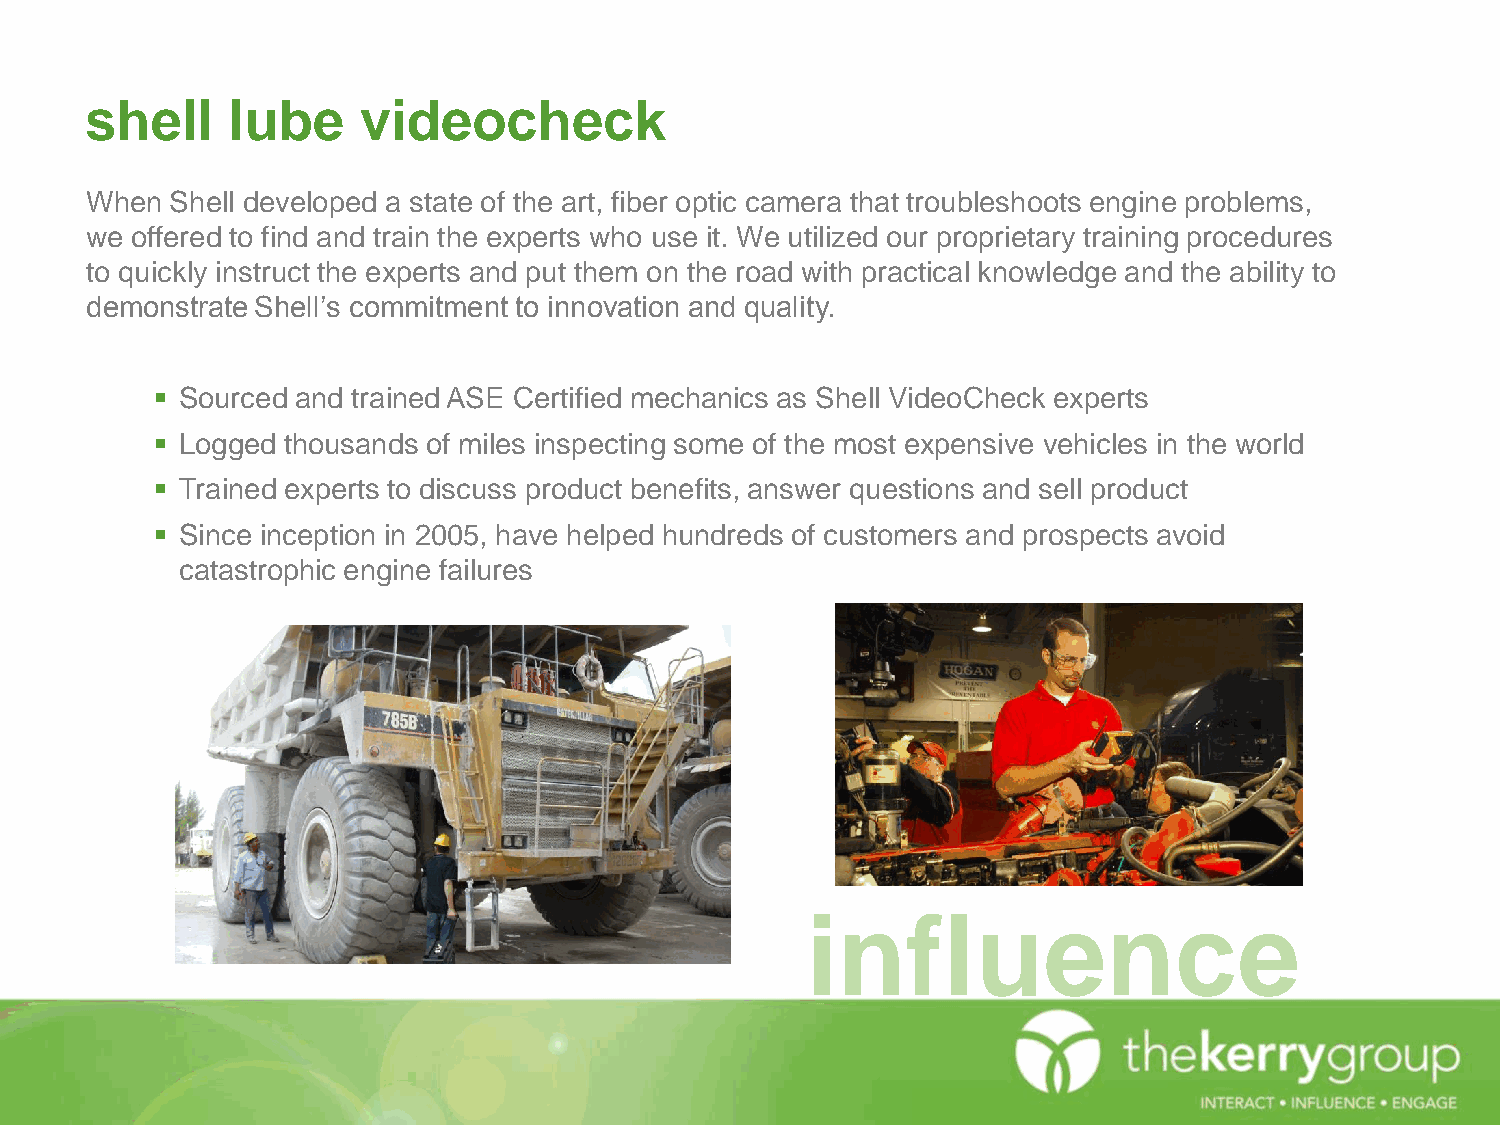
shell    lube     videocheck
 When Shell developed a state of the art, fiber optic camera that troubleshoots engine problems,
 we offered to find and train the experts who use it. We utilized our proprietary training procedures
 to quickly instruct the experts and put them on the road with practical knowledge and the ability to
 demonstrate Shell’s commitment to innovation and quality.
  Sourced and trained ASE Certified mechanics as Shell VideoCheck experts
  Logged thousands of miles inspecting some of the most expensive vehicles in the world
  Trained experts to discuss product benefits, answer questions and sell product
  Since inception in 2005, have helped hundreds of customers and prospects avoid
 catastrophic engine failures
 influence